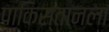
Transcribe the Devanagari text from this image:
पाकिस्तानला